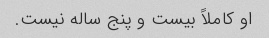
او کاملاً بیست و پنج ساله نیست.